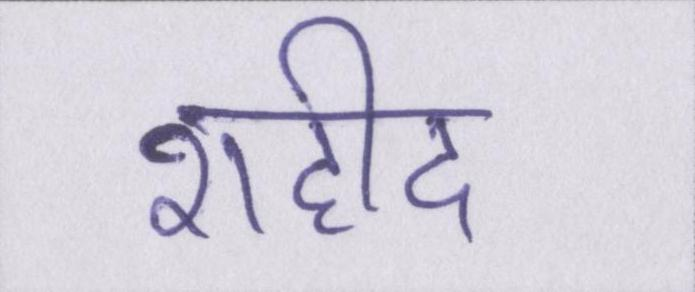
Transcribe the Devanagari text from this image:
शहीद